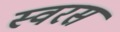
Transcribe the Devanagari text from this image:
स्वरसं